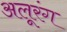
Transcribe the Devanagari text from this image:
अलूरंग